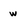
Character: w